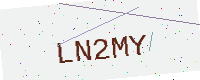
Text: LN2MY